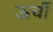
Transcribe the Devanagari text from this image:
ऊचीं